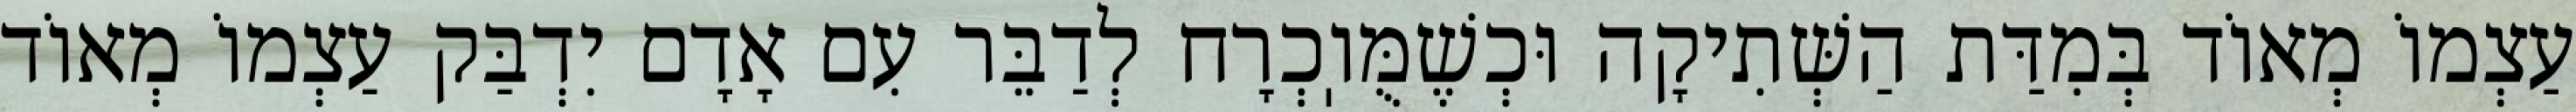
עַצְמוֹ מְאוֹד בְּמִדַּת הַשְּׁתִיקָה וּכְשֶׁמֻּוֽכְרָח לְדַבֵּר עִם אָדָם יִדְבַּק עַצְמוֹ מְאוֹד